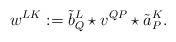
LaTeX: \begin{align*} w^{LK} := \tilde b^L_Q \star v^{QP} \star \tilde a^K_P.\end{align*}